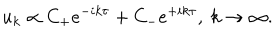
LaTeX: u _ { k } \propto C _ { \mathrm { + } } e ^ { - i k \tau } + C _ { \mathrm { - } } e ^ { + i k \tau } , \ k \rightarrow \infty .